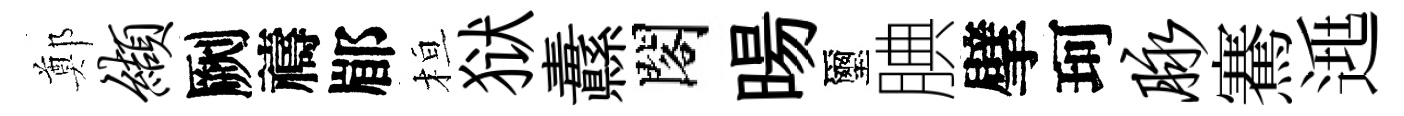
鄭缬劂禱郿桓狱纛閣暘璽腆擘珂脉騫𨓱